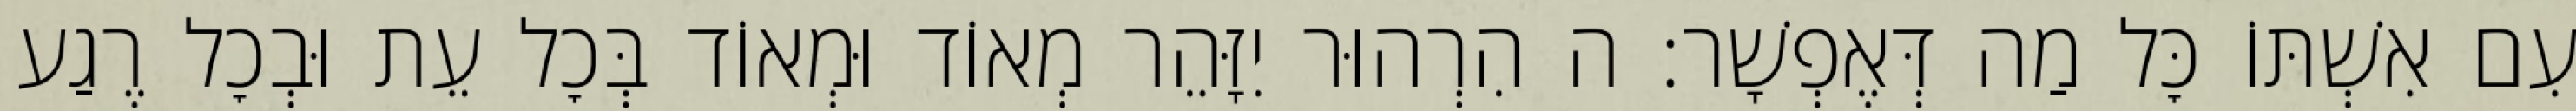
עִם אִשְׁתּוֹ כׇּל מַה דְּאֶפְשָׁר: ה הִרְהוּר יִזָּהֵר מְאוֹד וּמְאוֹד בְּכׇל עֵת וּבְכׇל רֶגַע